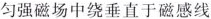
匀强磁场中绕垂直于磁感线